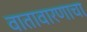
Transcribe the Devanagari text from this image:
वातावारणाचा